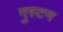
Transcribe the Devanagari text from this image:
गुस्टन